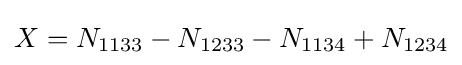
X=N_{1133}-N_{1233}-N_{1134}+N_{1234}